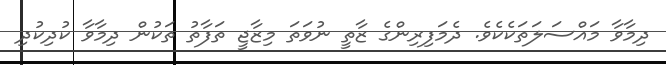
ދިމާވާ މައްސަލަތަކެކެވެ. ދެމަފިރިންގެ ޒާތީ ނުވަތަ މިޒާޖީ ތަފާތު ތަކުން ދިމާވާ ކުދިކުދި